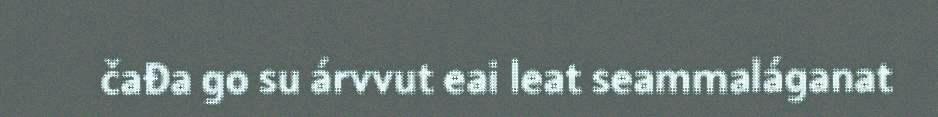
čađa go su árvvut eai leat seammaláganat